Lunatic asylums Central Provinces reports 1910-1926 - 1910-1926
Year: 1910
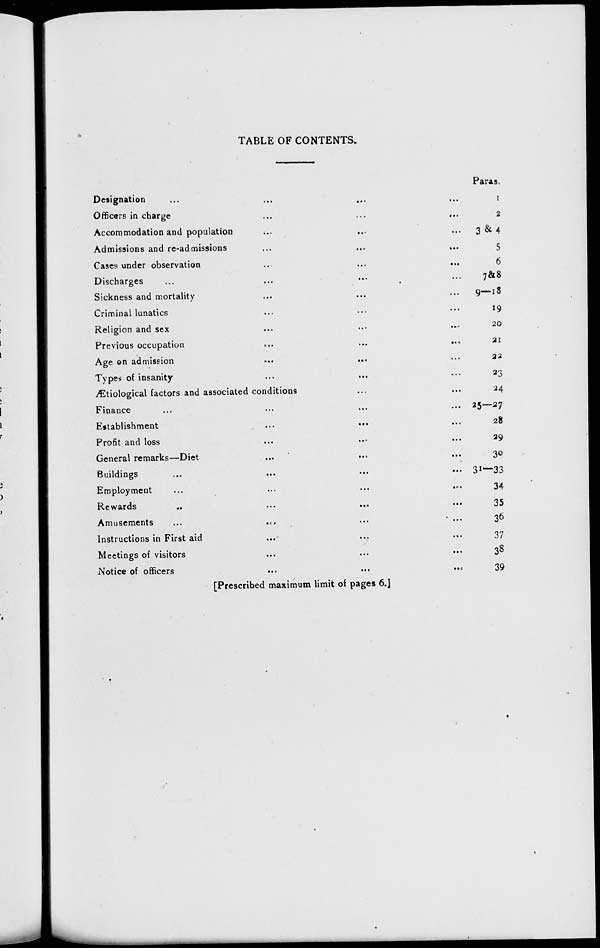
TABLE OF CONTENTS.
Designation ... ... ... ...
Officers in charge ... ... ...
Accommodation and population ... ... ...
Admissions and re-admissions ... ... ...
Cases under observation ... ... ...
Discharges ... ... ... ...
Sickness and mortality ... ... ...
Criminal lunatics ... ... ...
Religion and sex ... ... ...
Previous occupation
...
...
...
Age on admission
...
...
...
Types of insanity ... ... ...
Ætiological factors and associated conditions ... ... ...
Finance ... ... ... ...
Establishment
...
...
...
...
Profit and loss ... ... ... ...
General remarks—Diet ... ... ...
Buildings
...
...
...
...
Employment
...
...
...
...
Rewards
...
...
...
...
Amusements
...
...
...
...
Instructions in First aid ... ... ... ...
Meetings of visitors ... ... ... ...
Notice of officers
...
...
...
...
Paras.
1
2
3 & 4
5
6
7 & 8
9—18
19
20
21
22
23
24
25—27
28
29
30
31—33
34
35
36
37
38
39
[Prescribed maximum limit of pages 6.]